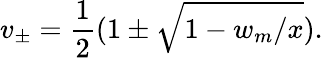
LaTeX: v_{\pm}=\frac{1}{2}(1\pm\sqrt{1-w_{m}/x}).